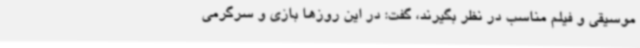
موسیقی و فیلم مناسب در نظر بگیرند، گفت: در این روزها بازی و سرگرمی